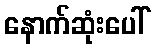
နောက်ဆုံးပေါ်